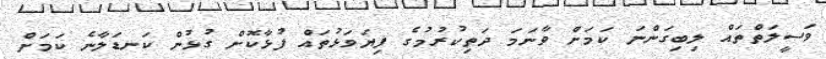
ވަސީލަތްތައް ލިބިގަންނަ ކަމަށް ވާނަމަ ދަތިކުރުމުގެ ފިޔަވަޅުތައް ފުޅާކޮށް ގުޅުން ކަނޑަލާނެ ކަމަށް